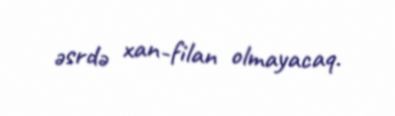
əsrdə xan-filan olmayacaq.